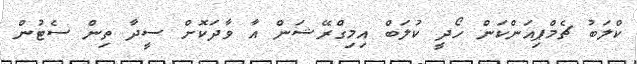
ކްލަބު ޗެމްޕިއަންކަން ހޯދީ ކުލަބް އިމިގްރޭޝަން އާ ވާދަކޮށް ސީދާ ތިން ސެޓުން